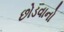
છોડવાનો